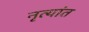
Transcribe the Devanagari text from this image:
नृत्यांत